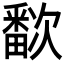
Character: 𬏗